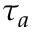
\tau _ { a }